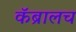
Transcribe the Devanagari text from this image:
कॅब्रालच